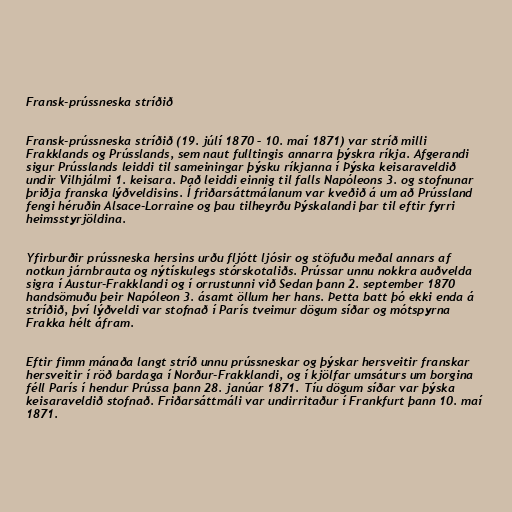
Fransk-prússneska stríðið

Fransk-prússneska stríðið (19. júlí 1870 – 10. maí 1871) var stríð milli
Frakklands og Prússlands, sem naut fulltingis annarra þýskra ríkja. Afgerandi
sigur Prússlands leiddi til sameiningar þýsku ríkjanna í Þýska keisaraveldið
undir Vilhjálmi 1. keisara. Það leiddi einnig til falls Napóleons 3. og stofnunar
þriðja franska lýðveldisins. Í friðarsáttmálanum var kveðið á um að Prússland
fengi héruðin Alsace-Lorraine og þau tilheyrðu Þýskalandi þar til eftir fyrri
heimsstyrjöldina.

Yfirburðir prússneska hersins urðu fljótt ljósir og stöfuðu meðal annars af
notkun járnbrauta og nýtískulegs stórskotaliðs. Prússar unnu nokkra auðvelda
sigra í Austur-Frakklandi og í orrustunni við Sedan þann 2. september 1870
handsömuðu þeir Napóleon 3. ásamt öllum her hans. Þetta batt þó ekki enda á
stríðið, því lýðveldi var stofnað í París tveimur dögum síðar og mótspyrna
Frakka hélt áfram.

Eftir fimm mánaða langt stríð unnu prússneskar og þýskar hersveitir franskar
hersveitir í röð bardaga í Norður-Frakklandi, og í kjölfar umsáturs um borgina
féll París í hendur Prússa þann 28. janúar 1871. Tíu dögum síðar var þýska
keisaraveldið stofnað. Friðarsáttmáli var undirritaður í Frankfurt þann 10. maí
1871.